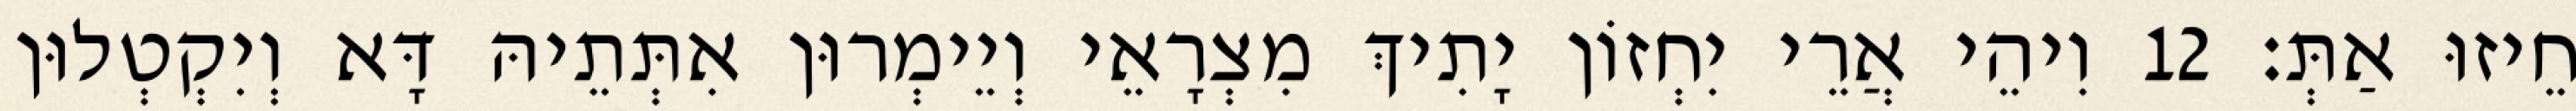
חֵיזוּ אַתְּ׃ 12 וִיהֵי אֲרֵי יִחְזוֹן יָתִיךְ מִצְרָאֵי וְיֵימְרוּן אִתְּתֵיהּ דָּא וְיִקְטְלוּן